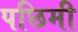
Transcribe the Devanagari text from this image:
पछिमी